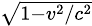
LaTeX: \scriptstyle{\sqrt{1-{v^{2}}/{c^{2}}}}